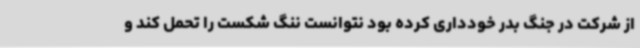
از شرکت در جنگ بدر خودداری کرده بود نتوانست ننگ شکست را تحمل کند و